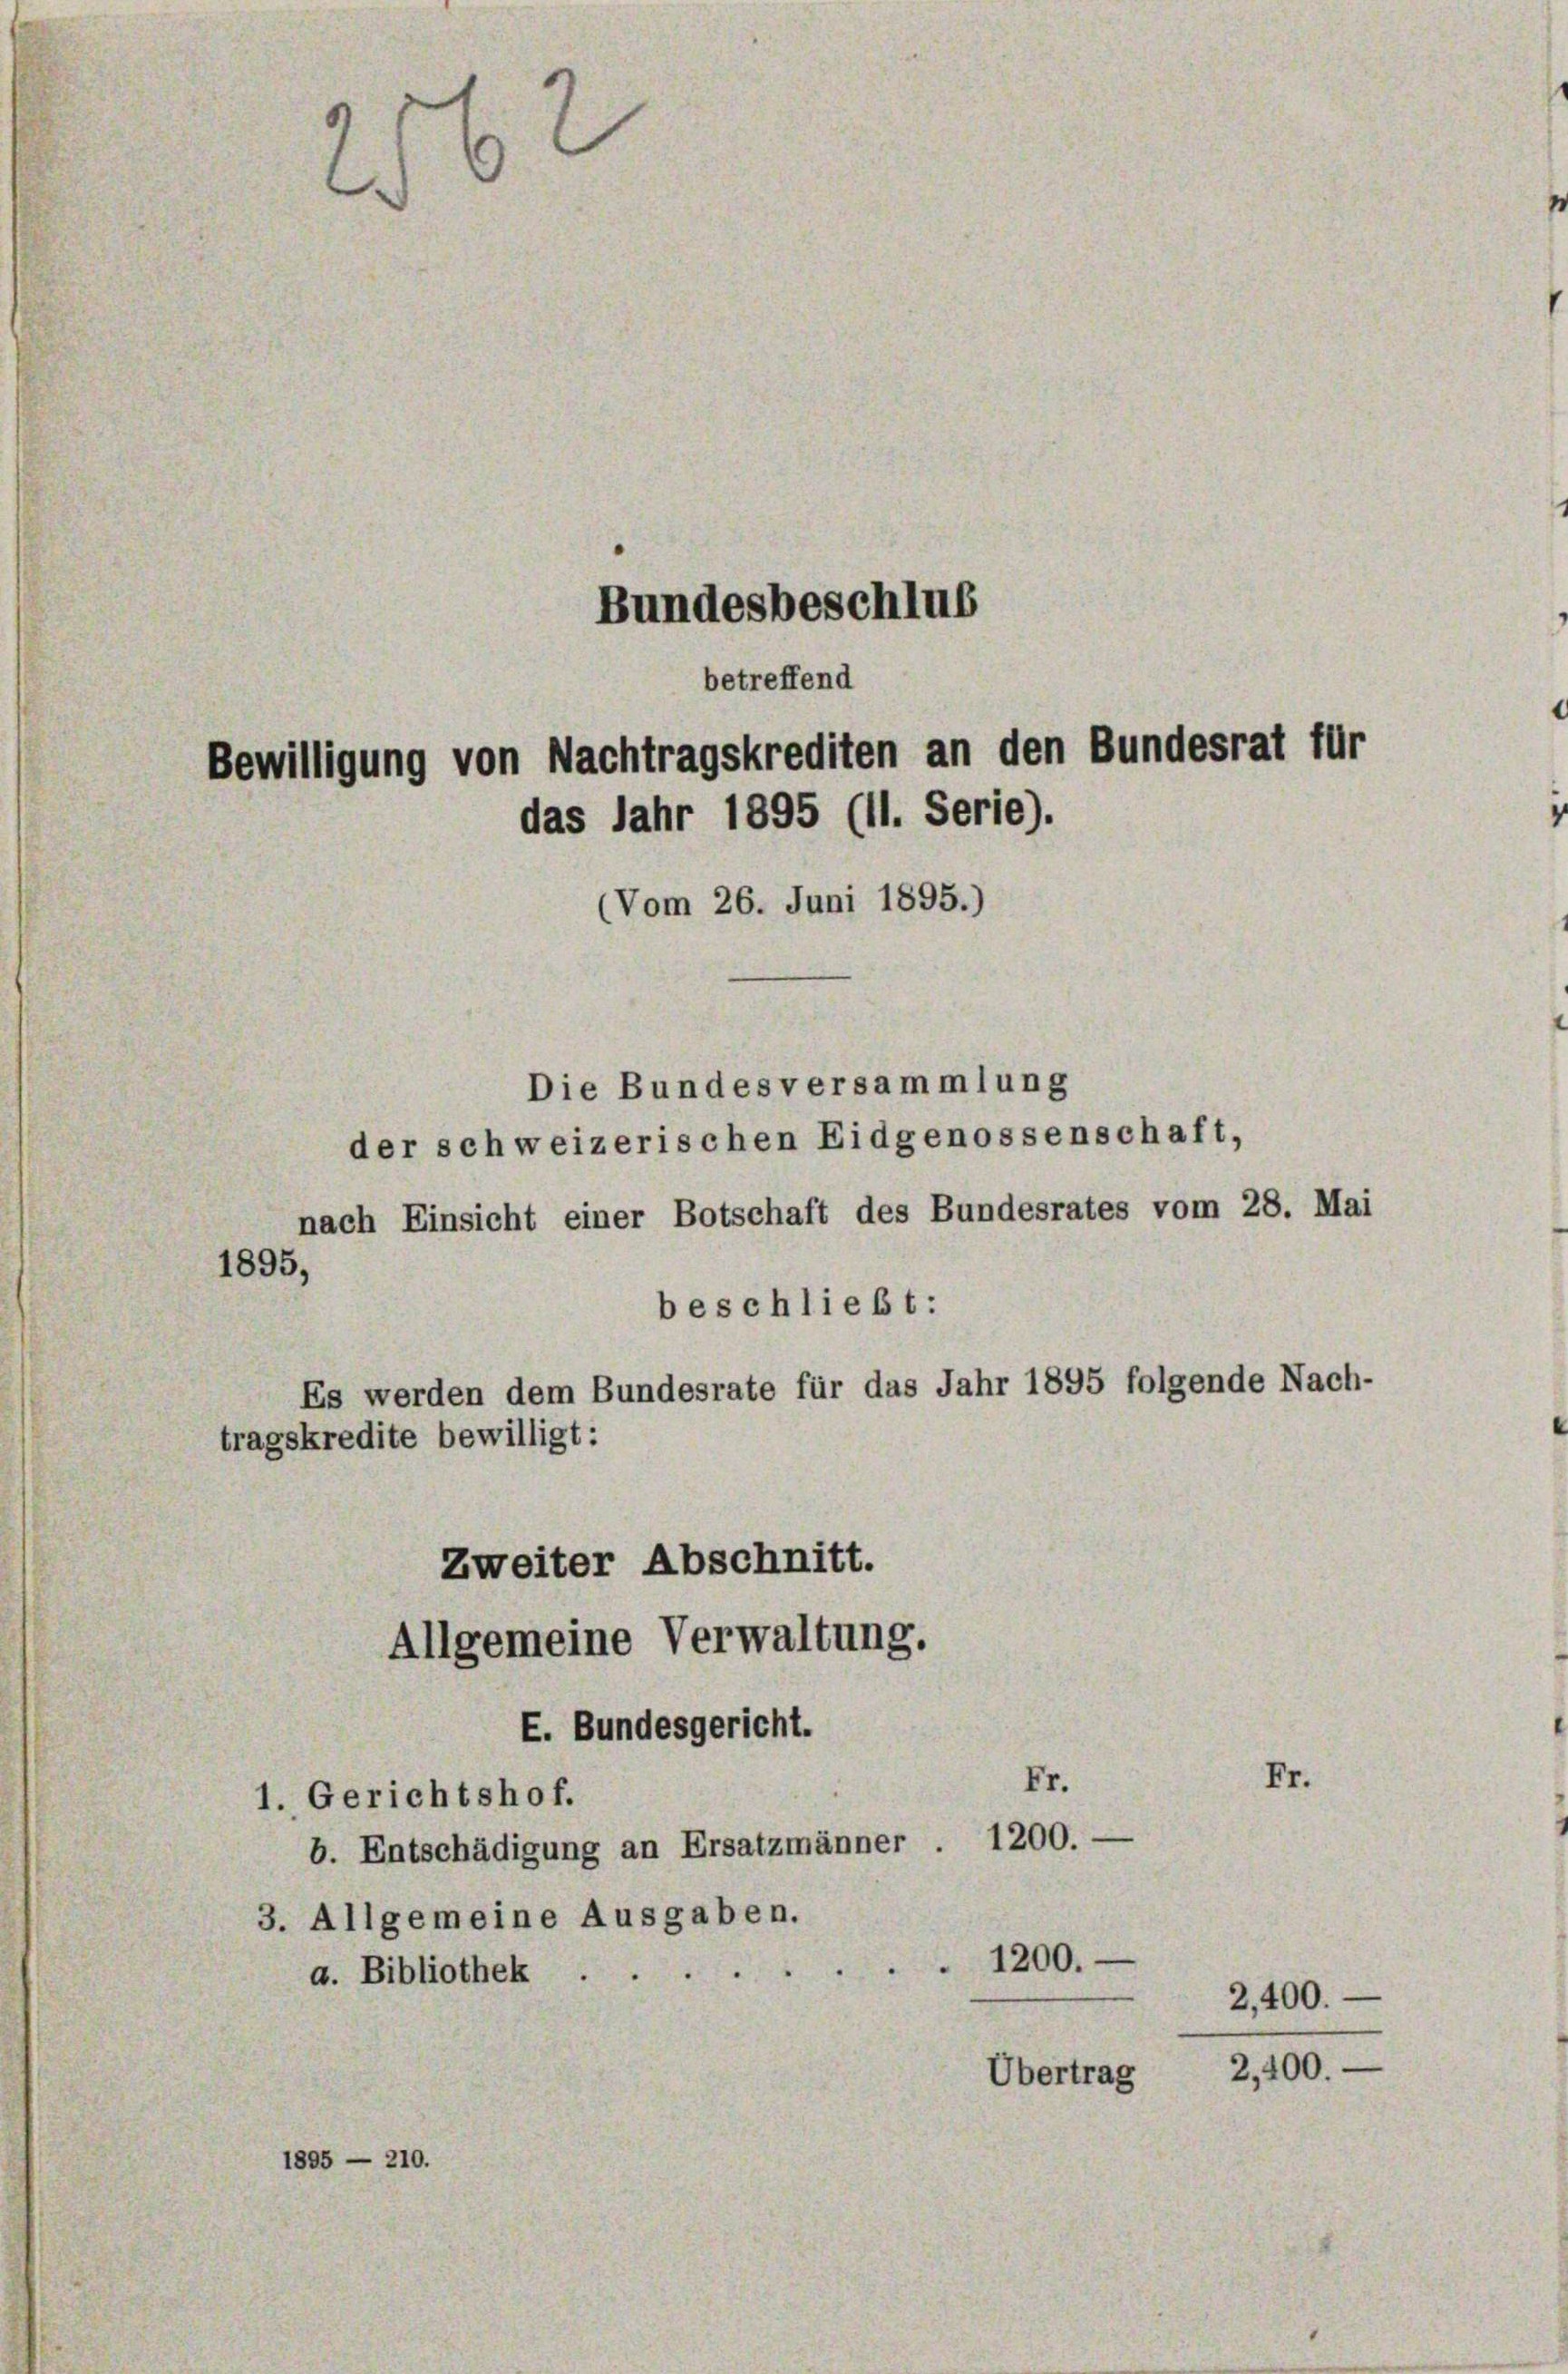
Bundesbeschlus

betreffend
Bewilligung von Nachtragskrediten an den Bundesrat für

das Jahr 1895 (11. Serie).
(Vom 26. Juni 1895.)
Die Bundesversammlung
der schweizerischen Eidgenossenschaft,

nach Einsicht einer Botschaft des Bundesrates vom 28. Mai
beschließt:
Es werden dem Bundesrate für das Jahr 1895 folgende Nach-
tragskredite bewilligt:
Zweiter Abschnitt.

1895,

E. Bundesgericht.
1. Gerichtshof.
b. Entschädigung an Ersatzmänner . 1200. —
3. Allgemeine Ausgaben.

d
a. Bibliothek

1895 — 210.

Allgemeine Verwaltung.

1200.

Fr.

Übertrag

Fr.

2,400.

2,400.